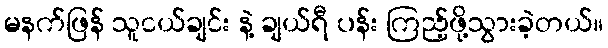
မနက်ဖြန် သူငယ်ချင်း နဲ့ ချယ်ရီ ပန်း ကြည့်ဖို့သွားခဲ့တယ်။